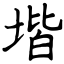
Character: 堦